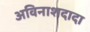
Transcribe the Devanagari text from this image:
अविनाशदादा